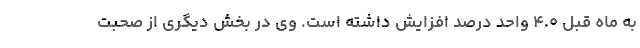
به ماه قبل ۴.۰ واحد درصد افزایش داشته است. وی در بخش دیگری از صحبت